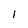
Character: 1